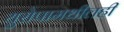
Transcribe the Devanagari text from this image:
युरोपामधीलही